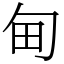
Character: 甸